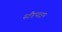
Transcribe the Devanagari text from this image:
स्टैंडपाइप